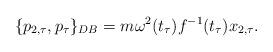
LaTeX: \begin{align*} \{p_{2,\tau} , p_\tau \}_{DB} =m\omega^2(t_\tau)f^{-1}(t_\tau)x_{2,\tau} .\end{align*}